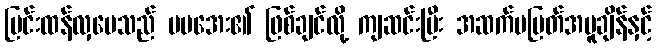
ပြင်းထန်လှပေသည် မမအေး၏ ဖြစ်ချင်လို့ ကျဆင်းပြီး အဆက်မပြတ်အပူချိန်နှင့်